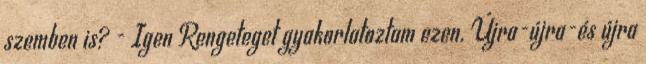
szemben is? - Igen Rengeteget gyakorlatoztam ezen. Újra-újra-és újra